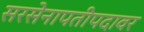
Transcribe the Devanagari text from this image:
सरसेनापतीपदावर